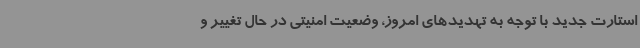
استارت جدید با توجه به تهدیدهای امروز، وضعیت امنیتی در حال تغییر و